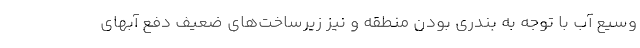
وسیع آب با توجه به بندری بودن منطقه و نیز زیرساخت‌های ضعیف دفع آبهای